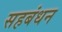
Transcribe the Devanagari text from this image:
सहबंधन